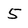
Character: 5